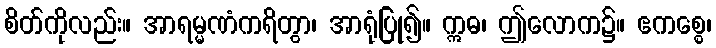
စိတ်ကိုလည်း။ အာရမ္မဏံကရိတွာ၊ အာရုံပြု၍။ ဣဓ၊ ဤလောက၌။ ဧကစ္စေ၊